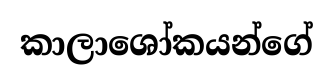
කාලාශෝකයන්ගේ